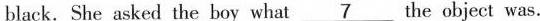
black.She asked the boy what \underline{7} the object was.